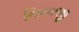
નિયાજી